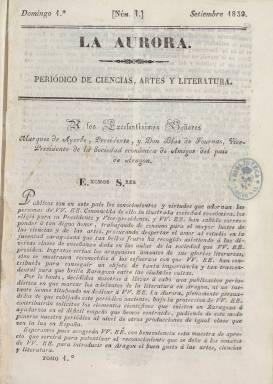
Título: La Aurora (Zaragoza)
Colección: Periódicos anteriores a 1850 || Cultura
Ámbito geográfico: Zaragoza
Lugar de publicación: Zaragoza
Fechas: 01/09/1839-27/12/1840

Este semanario que llevaba por subtítulo el de Periódico de Ciencias, Artes y Literatura fue una publicación impulsada por jóvenes aragoneses de ideología liberal progresista que tras haber luchado por las libertades en el plano político se proponían ampliar éstas al mundo de la cultura.

La Aurora fue un periódico clave en el desarrollo del romanticismo en Aragón. En sus páginas se da cabida a las creaciones de los primeros románticos de la región, en la poesía y el teatro, sobre todo, y se promueven las actividades llevadas a cabo por los liceos de Zaragoza y Huesca. Es de destacar también su revaloración de la historia de Aragón y de sus grandes personajes. Ya en su primer número se puede leer un artículo sobre la revolución aragonesa de 1591 contra la política del rey Felipe II.

 El semanario, iniciado en septiembre de 1839, comenzó con 12 páginas llegando hasta las 16 en ocasiones, pero a partir del 3 mayo de 1840 quedaron reducidas a 8 al iniciarse una nueva etapa, aunque el editor responsable seguía siendo el mismo: A de V. Roquer. Las dificultades económicas parecer ser las causas de este cambio, dado que no debía ser fácil conseguir la financiación necesaria para un producto que por fuerza era minoritario.

La colección de la Biblioteca Nacional de España termina con el año de 1840, aunque la publicación se extendió hasta el 25 de abril de 1841, cuando publicó su último número, el 52, en el que anunció su despedida.

  Aunque dedicó espacio a contenidos científicos y artísticos, la principal preocupación del semanario fue la literatura, y así las piezas literarias e históricas llenan cada una de las entregas del semanario.

No publicó ilustraciones salvo una que aparece en el número 10, de 3 de noviembre de 1839, en cuya última página se puede ver un plano topográfico de la ciudad de Zaragoza. Se anunciaba también que en números sucesivos se daría la vista de los principales edificios, cosa que no parece que se hiciera finalmente debido a la falta de financiación para llevar a cabo los dibujos y grabados.

  Más información sobre este importante periódico y otros de la época en la región puede obtenerse en la obra ‘El Romanticismo en Aragón (1838-1854). Literatura, prensa y sociedad’, de Manuela Agudo Catalán. Fue editado por Prensas Universitarias de Zaragoza en 2008 y está disponible online.

[Descripción publicada el 7/07/2023]